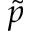
\tilde { p }